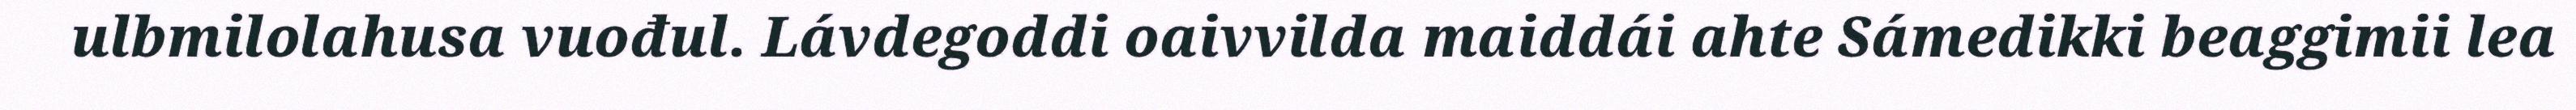
ulbmilolahusa vuođul. Lávdegoddi oaivvilda maiddái ahte Sámedikki beaggimii lea